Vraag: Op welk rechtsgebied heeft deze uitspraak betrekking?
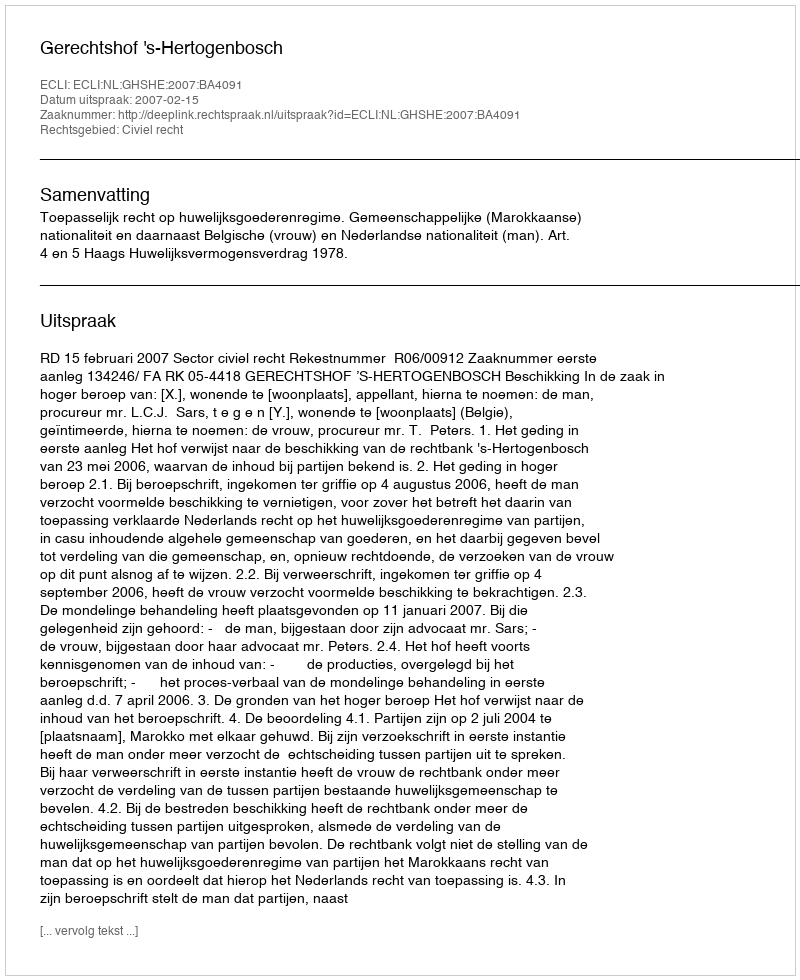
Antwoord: Civiel recht